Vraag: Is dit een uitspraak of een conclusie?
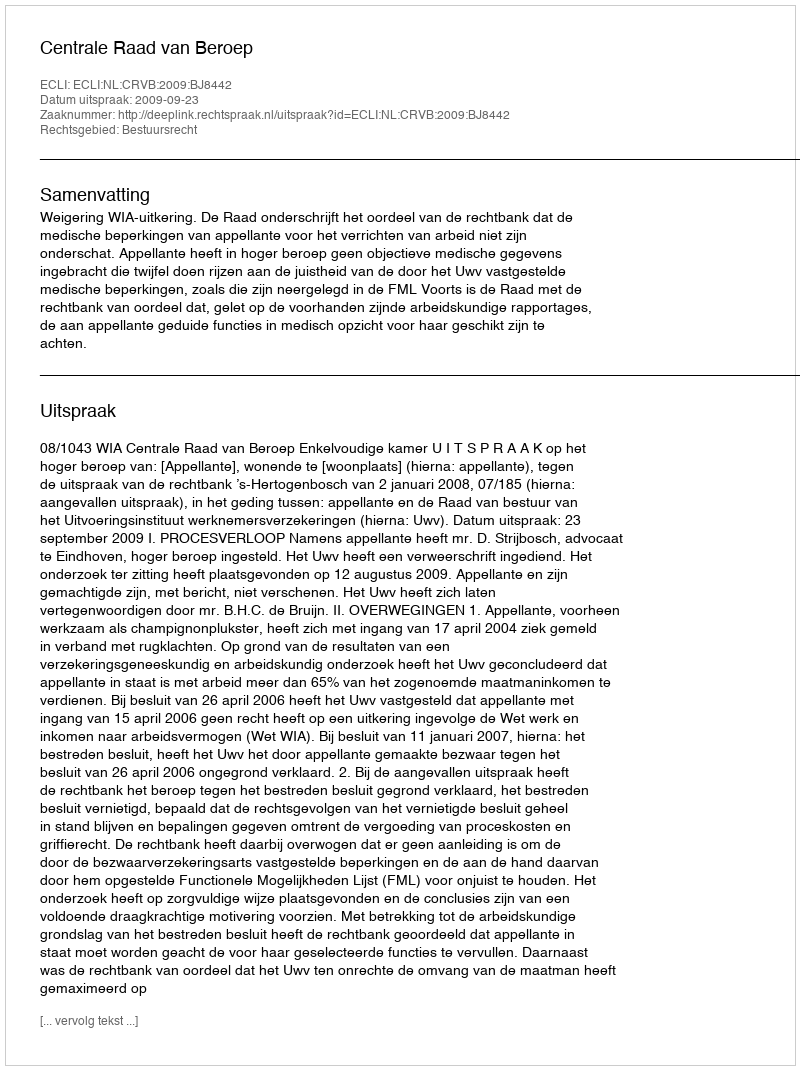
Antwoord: Uitspraak